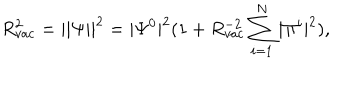
LaTeX: R _ { v a c } ^ { 2 } = | | \Psi | | ^ { 2 } = | \Psi ^ { 0 } | ^ { 2 } ( 1 + R _ { v a c } ^ { - 2 } \sum _ { i = 1 } ^ { N } | \Pi ^ { i } | ^ { 2 } ) ,